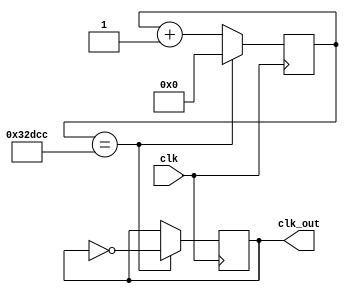
`timescale 1ns / 1ps
//////////////////////////////////////////////////////////////////////////////////
// Company: 
// Engineer: 
// 
// Design Name: 
// Module Name:    selectro_frecuencia_display 
// Project Name: 
// Target Devices: 
// Tool versions: 
// Description: 
//
// Dependencies: 
//
// Revision: 
// Revision 0.01 - File Created
// Additional Comments: 
//
//////////////////////////////////////////////////////////////////////////////////

module divisor_frecuencia_displey(

input clk,
output reg clk_out);
 
reg [17:0] cuenta;

initial cuenta<=18'd0;
initial clk_out<=1'd0;

always @(posedge clk )begin
	if(cuenta==18'd208332)begin
       cuenta=18'd0;
       clk_out=~clk_out;end
   else begin
       cuenta=cuenta+18'd1;end
end		 
endmodule